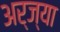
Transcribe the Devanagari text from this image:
अर्ज्या